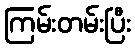
ကြမ်းတမ်းပြီး